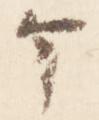
ヶ